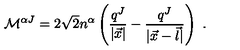
{ \cal M } ^ { \alpha J } = 2 \sqrt 2 n ^ { \alpha } \left( \frac { q ^ { J } } { | \vec { x } | } - \frac { q ^ { J } } { | \vec { x } - \vec { l } | } \right) \ .